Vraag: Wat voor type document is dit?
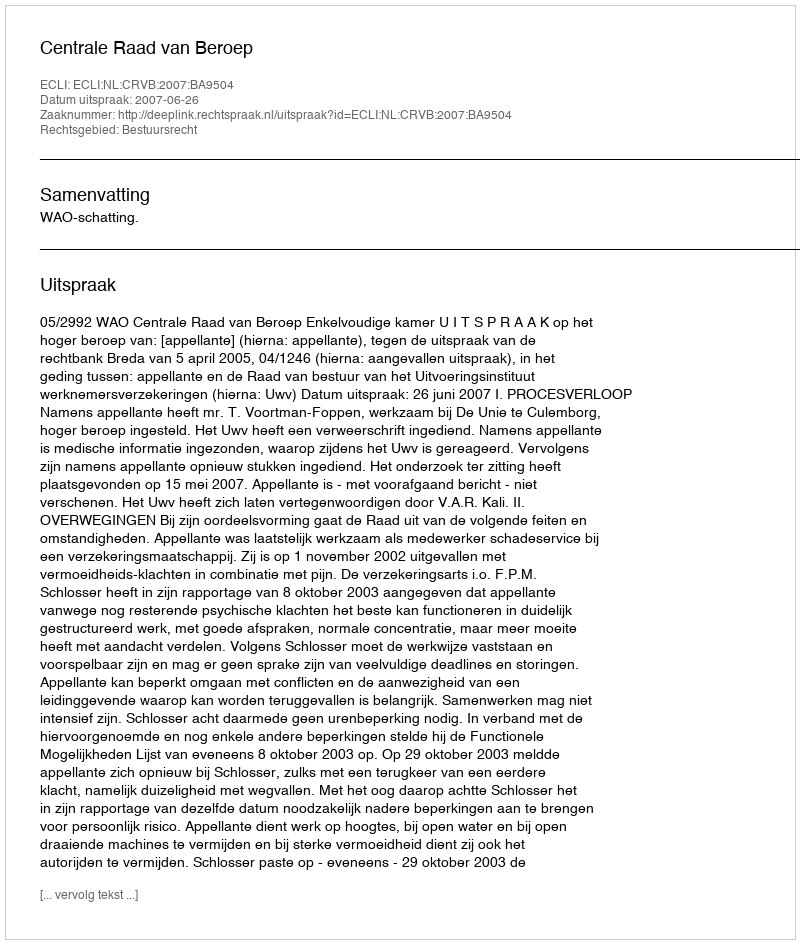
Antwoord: Uitspraak